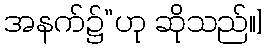
အနက်၌”ဟု ဆိုသည်။]